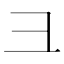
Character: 彐